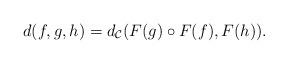
LaTeX: \begin{align*} d(f,g,h)= d_{{{\mathcal{C}}}}(F(g)\circ F(f), F(h)).\end{align*}